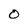
Character: 0